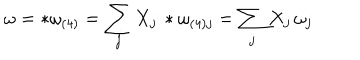
\omega = * \omega _ { ( 4 ) } = \sum _ { j } X _ { j } \, * \omega _ { ( 4 ) j } = \sum _ { j } X _ { j } \, \omega _ { j }